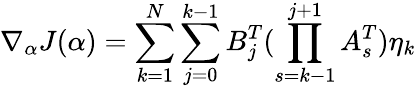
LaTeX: \nabla_{\alpha}J(\alpha)=\sum_{k=1}^{N}\sum_{j=0}^{k-1}B_{j}^{T}(\prod_{s=k-1}^{j+1}A_{s}^{T})\eta_{k}